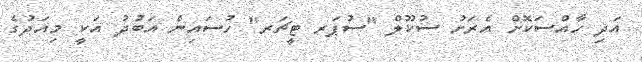
އަދި ހާއްސަކޮށް އެރަށު ސުކޫލް "ސުޕަރ ޓީޗަރ" ހުސައިން އަބުދު އަކީ މިއަދުގެ